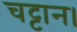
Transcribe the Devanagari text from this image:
चट्टान।